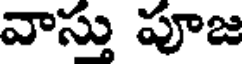
వాస్తు పూజ